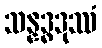
သန္နဒ္ဓဒုဿံ